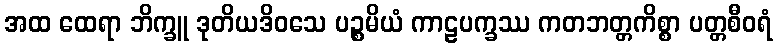
အထ ထေရာ ဘိက္ခူ ဒုတိယဒိဝသေ ပဉ္စမိယံ ကာဠပက္ခဿ ကတဘတ္တကိစ္စာ ပတ္တစီဝရံ